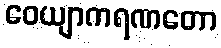
ဝေယျာကရဏတော